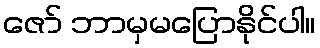
ဇော် ဘာမှမပြောနိုင်ပါ။